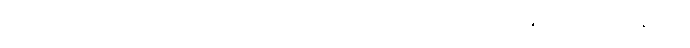
မည်၏။ ဧတံ၊ သည်။ သဗ္ဗဒုက္ခူပသမာရမ္မဏာယ၊ အလုံးစုံသော ဒုက္ခ၏ ငြိမ်းရာနိဗ္ဗာန်လျှင်